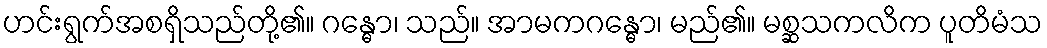
ဟင်းရွက်အစရှိသည်တို့၏။ ဂန္ဓော၊ သည်။ အာမကဂန္ဓော၊ မည်၏။ မစ္ဆသကလိက ပူတိမံသ